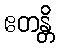
ဧတန္တိ